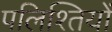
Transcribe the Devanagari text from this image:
पलिश्तियों